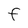
Character: F